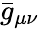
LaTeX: {\bar{g}}_{\mu\nu}